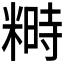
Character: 𥻵